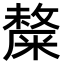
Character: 𥼋